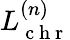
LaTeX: L_{\mathrm{~c~h~r~}}^{(n)}